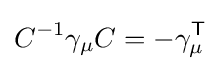
C^{-1}\gamma _{\mu }C=-\gamma _{\mu }^{\textsf {T}}